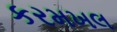
કરમખલ